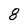
Character: 8